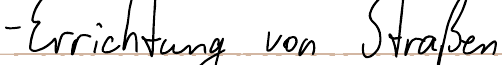
- Errichtung von Straßen